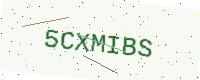
Text: 5CXMIBS